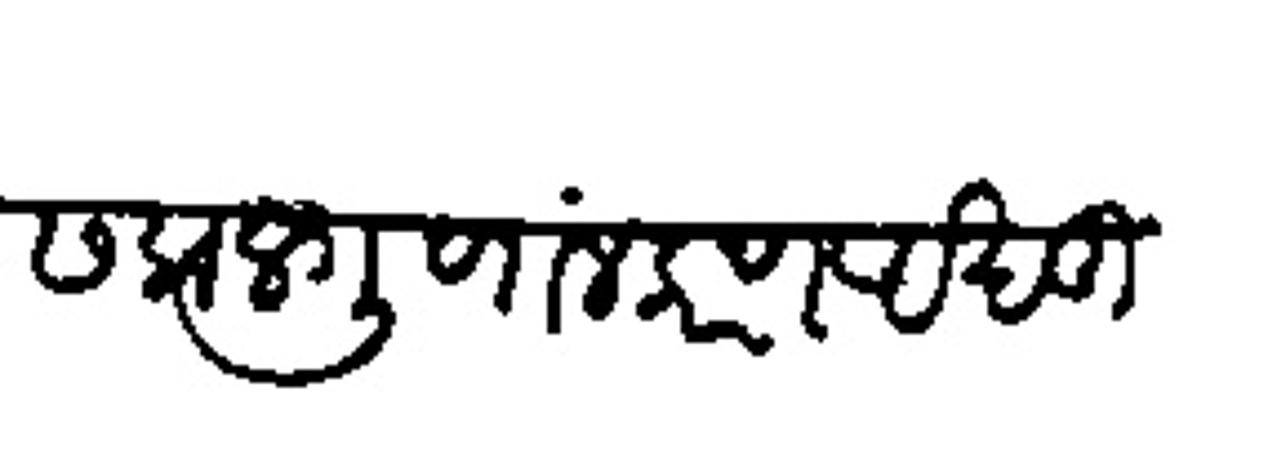
Transliteration (Devanagari): सकल गुणालंकरण अखंडित